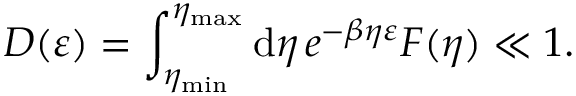
D ( \varepsilon ) = \int _ { \eta _ { \mathrm { m i n } } } ^ { \eta _ { \mathrm { m a x } } } \mathrm { d } \eta \, e ^ { - \beta \eta \varepsilon } F ( \eta ) \ll 1 .